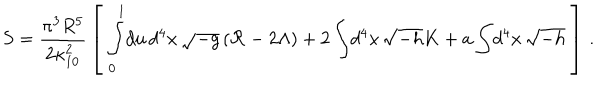
S = { \frac { \pi ^ { 3 } R ^ { 5 } } { 2 \kappa _ { 1 0 } ^ { 2 } } } \left[ \; \int _ { 0 } ^ { 1 } \! d u \, d ^ { 4 } x \, \sqrt { - g } \left( { \cal R } - 2 \Lambda \right) + 2 \int \! d ^ { 4 } x \, \sqrt { - h } K + a \int \! d ^ { 4 } x \, \sqrt { - h } \; \right] \, .